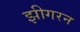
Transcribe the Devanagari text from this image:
झीगरन